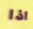
اذا